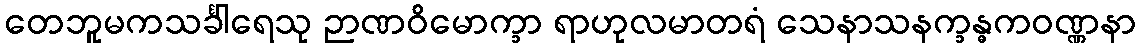
တေဘူမကသင်္ခါရေသု ဉာဏဝိမောက္ခာ ရာဟုလမာတရံ သေနာသနက္ခန္ဓကဝဏ္ဏနာ